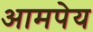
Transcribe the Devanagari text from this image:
आमपेय